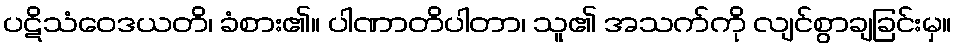
ပဋိသံဝေဒယတိ၊ ခံစား၏။ ပါဏာတိပါတာ၊ သူ၏ အသက်ကို လျင်စွာချခြင်းမှ။